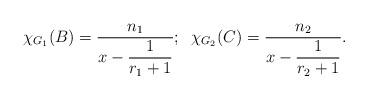
LaTeX: \begin{align*}\chi_{G_1}(B)=\dfrac{n_1}{x-\dfrac{1}{r_1+1}};\;\;\chi_{G_2}(C)=\dfrac{n_2}{x-\dfrac{1}{r_2+1}}.\end{align*}